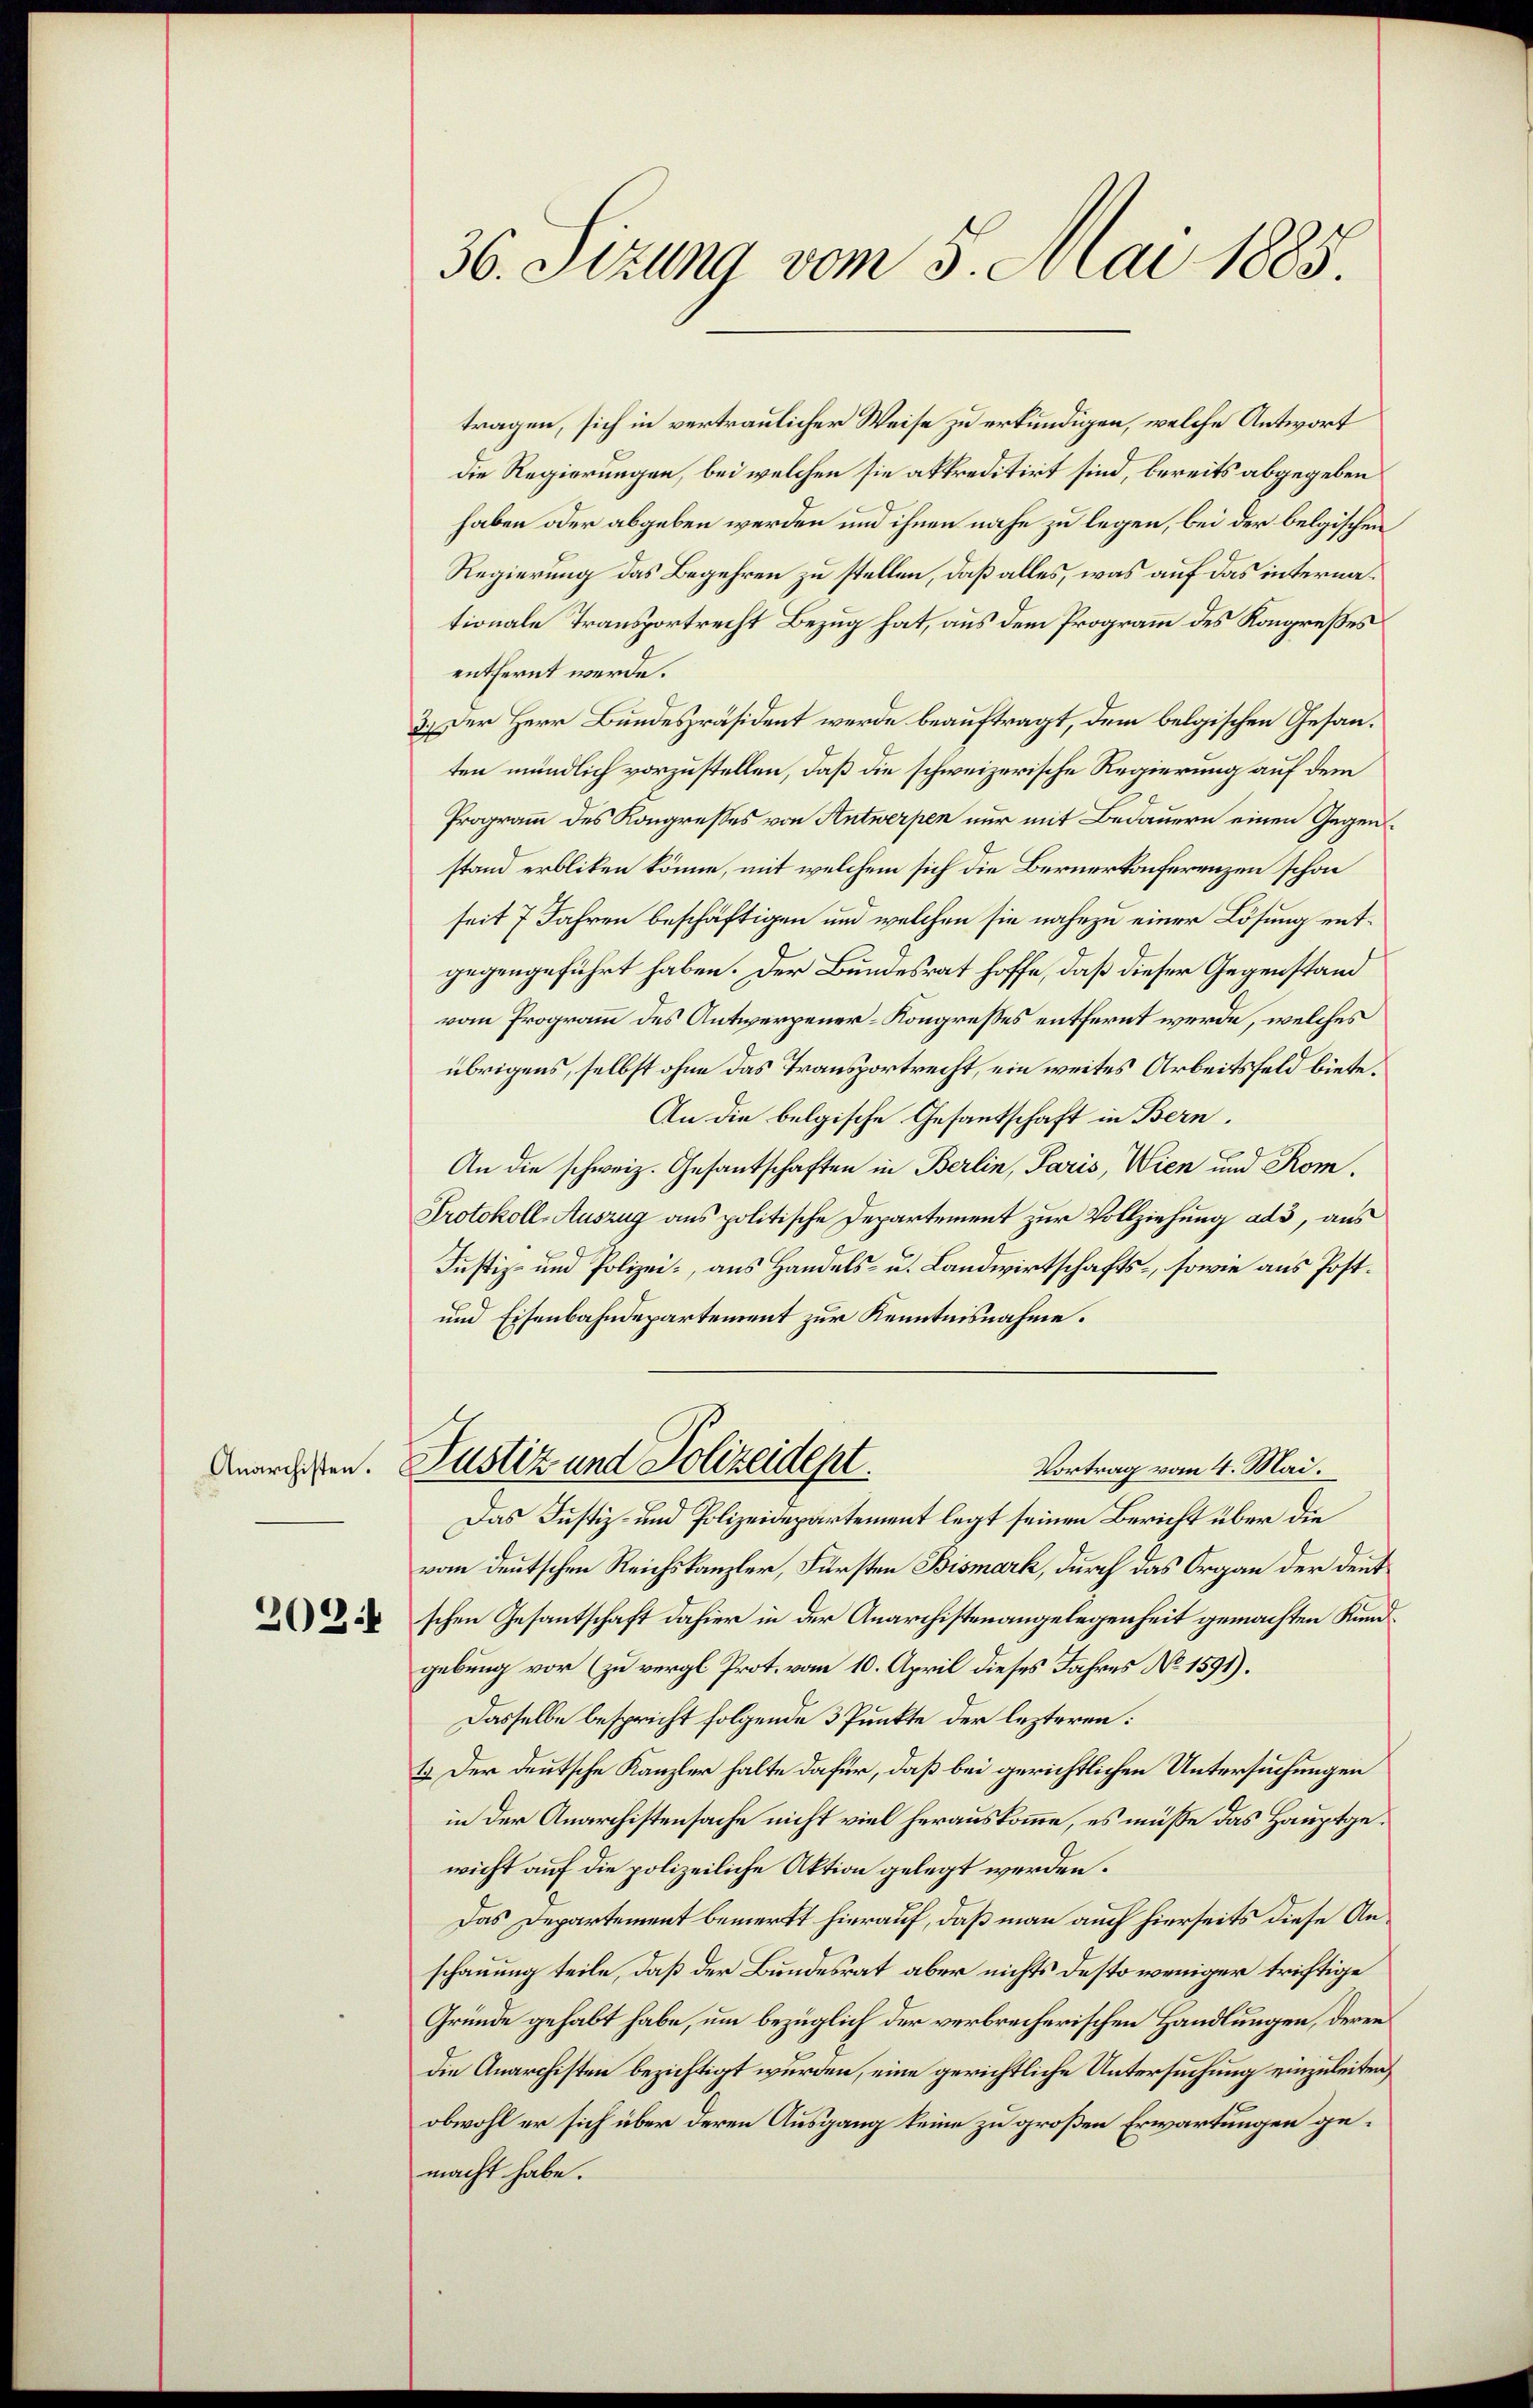
Anarchisten.

2024

36. Sizung vom 5. Mai 1885.

tragen, sich in vertraulicher Weise zu erkundigen, welche Antwort
die Regierungen, bei welchen sie akkreditirt sind, bereits abgegeben
haben oder abgeben werden und ihnen nahe zu legen, bei der belgischen
Regierung das Begehren zu stellen, daß alles, was auf das internationale Transportrecht Bezug hat, aus dem Programm des Kongreßes
entfernt werde.
3.) Der Herr Bundespräsident werde beauftragt, dem belgischen Gesanten mündlich vorzustellen, daß die schweizerische Regierung auf dem
Programm des Kongresses von Antwerpen nur mit Bedauern einen Gegenstand erbliken könne, mit welchem sich die Bernerkonferenzen schon
seit 7 Jahren beschäftigen und welchen sie nahezu einer Lösung entgegengeführt haben. Der Bundesrat hoffe, daß dieser Gegenstand
vom Programm des Antwerpener-Kongresses entfernt werde, welches
übrigens, selbst ohne das Transportrecht, ein weites Arbeitsfeld biete.
An die belgische Gesantschaft in Bern,
An die schweiz. Gesantschaften in Berlin, Paris, Wien und Rom.
Protokoll-Auszug aus politische Departement zur Vollziehung ads, aus
Justiz- und Polizei, aus Handels- u. Landwirtschafts-, sowie aus Post¬
und Eisenbahndepartement zur Kenntnisnahme.
Justiz und Polizeidept.
Vortrag vom 4. Mai.
Das Justiz- und Polizeidepartement legt seinen Bericht über die
vom deutschen Reichskanzler, Fürsten Bismark, durch das Organ der deutschen Gesantschaft dahier in der Anarchistenangelegenheit gemachten Kundgebung vor (zu vergl. Prot. vom 10. April dieses Jahres No 1591).
Dasselbe bespricht folgende 3 Punkte der lezteren:
1. Der deutsche Kanzler halte dafür, daß bei gerichtlichen Untersuchungen
in der Anarchistensache nicht viel herauskomme, es müsse das Hauptgewicht auf die polizeiliche Aktion gelegt werden.
Das Departement bemerkt hierauf, daß man auch hierseits diese Anschauung teile, daß der Bundesrat aber nichts desto weniger triftige
Gründe gehabt habe, um bezüglich der verbrecherischen Handlungen, deren
die Anarchisten bezichtigt wurden, eine gerichtliche Untersuchung einzuleiten,
obwohl er sich über deren Ausgang keine zu großen Erwartungen gemacht habe.